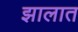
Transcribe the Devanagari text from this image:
झालात